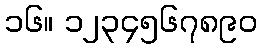
၁၆။ ၁၂၃၄၅၆၇၈၉၀